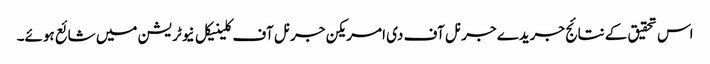
اس تحقیق کے نتائج جریدے جرنل آف دی امریکن جرنل آف کلینیکل نیوٹریشن میں شائع ہوئے۔